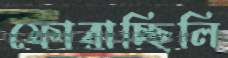
ফোরাচ্ছিলি